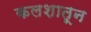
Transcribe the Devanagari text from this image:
कलशातून